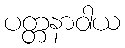
ပတ္တနာဝါယ